Leaving Certificate Examination, 1918
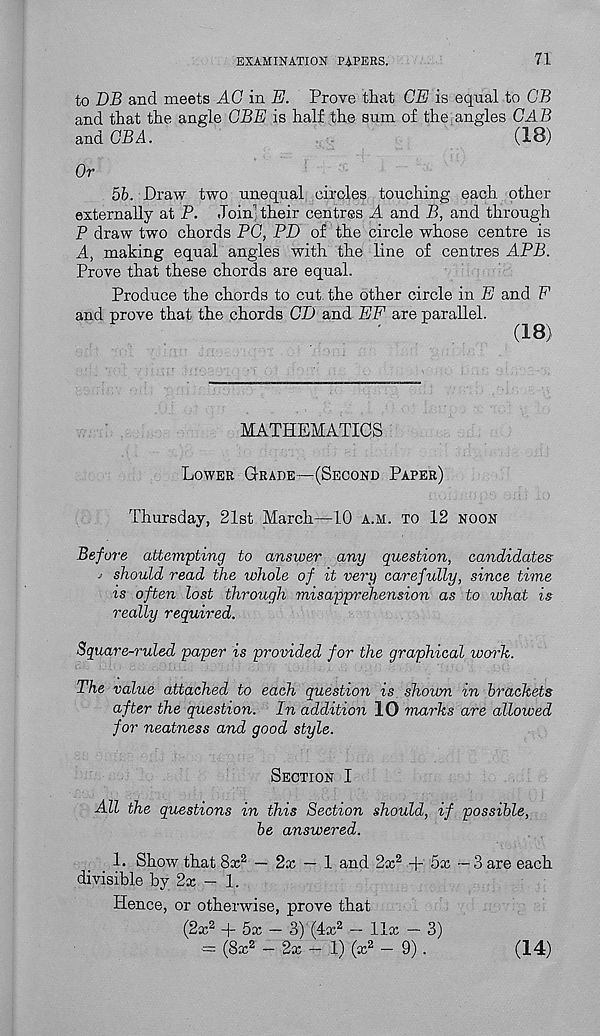
EXAMINATION PAPERS.
71
to DB and meets AO in E. Prove that CE is equal to CB
and that the angle QBE is half the sum of the angles CAB
and OB A.
(18)
Or
5b. Draw two unequal circles touching each other
externally at P. Join; their centres A and B, and through
P draw two chords PC, PD of the circle whose centre is
A, making equal angles with the line of centres APB.
Prove that these chords are equal.
Produce the chords to cut. the other circle in E and F
and prove that the chords CD and EF are parallel.
(18)
MATHEMATICS
Lower Grade—(Second Paper)
Thursday, 21st March—10 a.h. to 12 noon
Before attempting to answer any question, candidates-
j should read the whole of it very carefully, since time
is often lost through misapprehension as to what is
really required.
Square-ruled paper is provided for the graphical work.
The value attached to each question is shown in brackets
after the question. In addition 10 marks are allowed
for neatness and good style.
Section I
All the questions in this Section should, if possible,
be answered.
_ 1. Show that 8x 2 — 2x — 1 and 2x 2 + 5x — 3 are each
divisible by 2x — 1.
Hence, or otherwise, prove that
(2x 2 + 5x - 3) (4x 2 - llx - 3)
•= (8x 2 - 2x - 1) (x 2 - 9) .
(14)